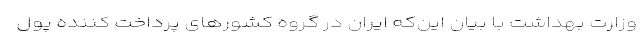
وزارت بهداشت با بیان این‌‌که ایران در گروه کشورهای پرداخت کننده پول